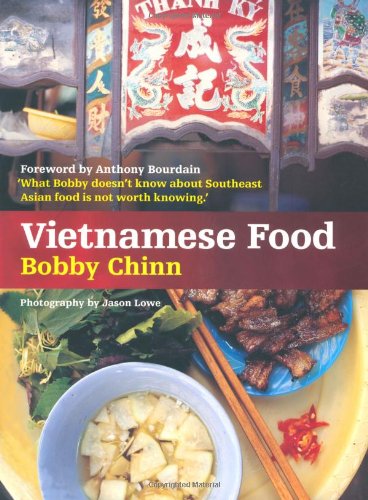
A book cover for Vietnamese Food; Bobby Chinn; Cookbooks, Food & Wine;